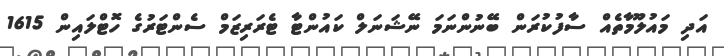
އަދި މައުލޫމާތެއް ސާފުކުރަން ބޭނުންނަމަ ނޭޝަނަލް ކައުންޓާ ޓެރަރިޒަމް ސެންޓަރުގެ ހޮޓްލައިން 1615